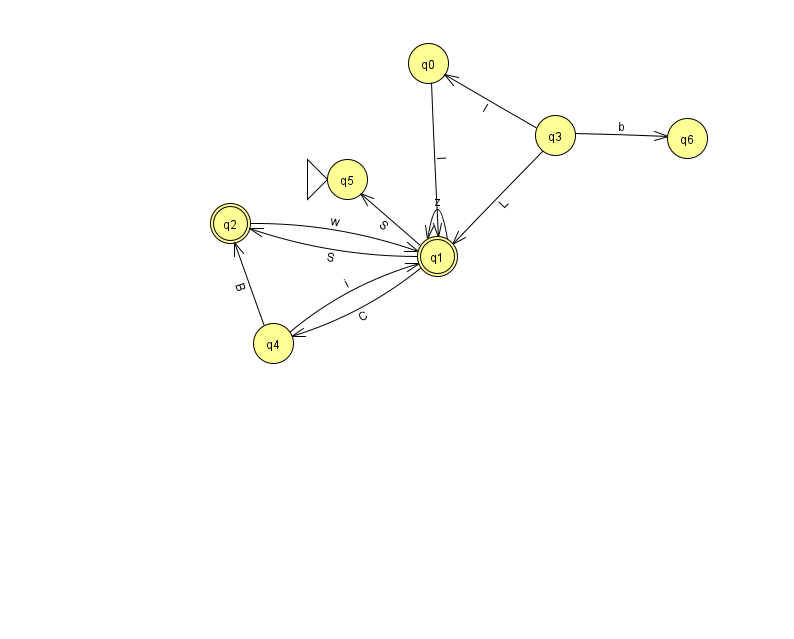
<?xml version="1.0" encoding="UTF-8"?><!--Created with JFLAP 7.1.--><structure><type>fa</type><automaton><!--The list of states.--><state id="0" name="q0"><x>428.0</x><y>50.0</y></state><state id="1" name="q1"><x>437.0</x><y>243.0</y><final/></state><state id="2" name="q2"><x>230.0</x><y>210.0</y><final/></state><state id="3" name="q3"><x>555.0</x><y>122.0</y></state><state id="4" name="q4"><x>273.0</x><y>330.0</y></state><state id="5" name="q5"><x>347.0</x><y>166.0</y><initial/></state><state id="6" name="q6"><x>687.0</x><y>125.0</y></state><!--The list of transitions.--><transition><from>1</from><to>2</to><read>S</read></transition><transition><from>3</from><to>1</to><read>L</read></transition><transition><from>4</from><to>1</to><read>i</read></transition><transition><from>1</from><to>5</to><read>S</read></transition><transition><from>3</from><to>6</to><read>b</read></transition><transition><from>2</from><to>1</to><read>w</read></transition><transition><from>3</from><to>0</to><read>l</read></transition><transition><from>4</from><to>2</to><read>B</read></transition><transition><from>1</from><to>1</to><read>z</read></transition><transition><from>1</from><to>4</to><read>C</read></transition><transition><from>0</from><to>1</to><read>I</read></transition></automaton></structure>